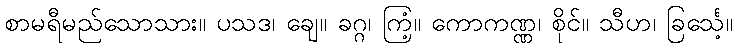
စာမရီမည်သောသား။ ပသဒ၊ ချေ။ ခဂ္ဂ၊ ကြံ့။ ကောကဏ္ဏ၊ စိုင်။ သီဟ၊ ခြင်္သေ့။